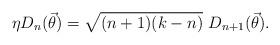
LaTeX: \begin{align*}\eta D_{n}(\vec{\theta}) = \sqrt{(n+1)(k-n)} ~D_{n+1}(\vec{\theta}).\end{align*}